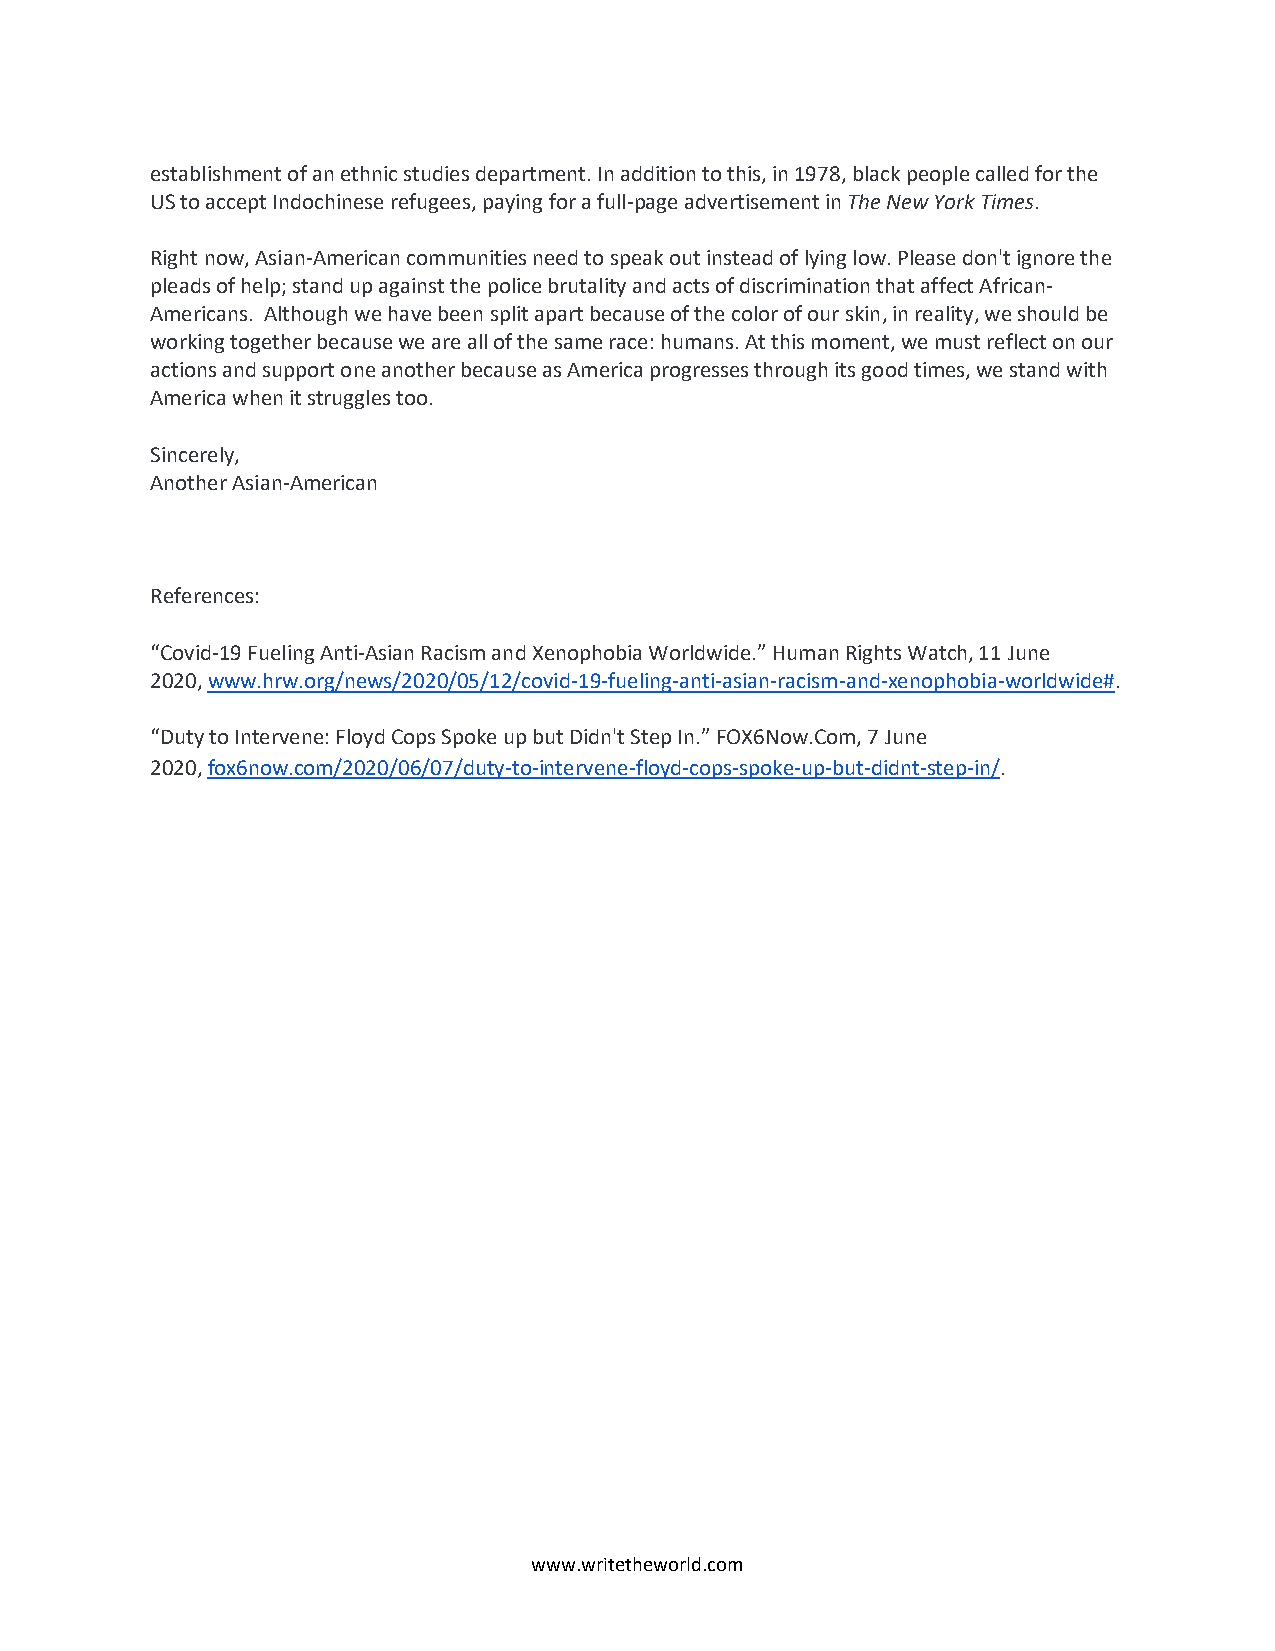
establishment of an ethnic studies department. In addition to this, in 1978, black people called for the
 US to accept Indochinese refugees, paying for a full-page advertisement in The New York Times.
 Right now, Asian-American communities need to speak out instead of lying low. Please don't ignore the
 pleads of help; stand up against the police brutality and acts of discrimination that affect African-
 Americans. Although we have been split apart because of the color of our skin, in reality, we should be
 working together because we are all of the same race: humans. At this moment, we must reflect on our
 actions and support one another because as America progresses through its good times, we stand with
 America when it struggles too.
 Sincerely,
 Another Asian-American
 References:
 “Covid-19 Fueling Anti-Asian Racism and Xenophobia Worldwide.” Human Rights Watch, 11 June
 2020, www.hrw.org/news/2020/05/12/covid-19-fueling-anti-asian-racism-and-xenophobia-worldwide#.
 “Duty to Intervene: Floyd Cops Spoke up but Didn't Step In.” FOX6Now.Com, 7 June
 2020, fox6now.com/2020/06/07/duty-to-intervene-floyd-cops-spoke-up-but-didnt-step-in/.
 www.writetheworld.com